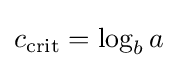
c_{\operatorname {crit} }=\log _{b}a